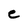
Character: e